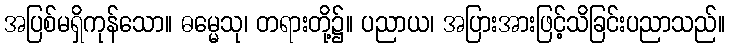
အပြစ်မရှိကုန်သော။ ဓမ္မေသု၊ တရားတို့၌။ ပညာယ၊ အပြားအားဖြင့်သိခြင်းပညာသည်။